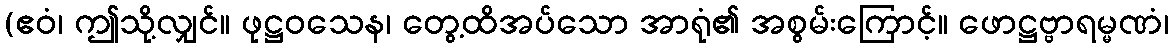
(ဧဝံ၊ ဤသို့လျှင်။ ဖုဋ္ဌဝသေန၊ တွေ့ထိအပ်သော အာရုံ၏ အစွမ်းကြောင့်။ ဖောဋ္ဌဗ္ဗာရမ္မဏံ၊